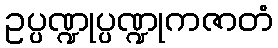
ဥပ္ပဏ္ဍုပ္ပဏ္ဍုကဇာတံ